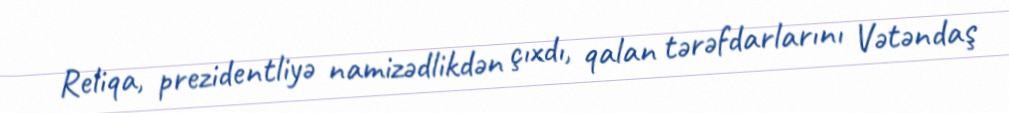
Reliqa, prezidentliyə namizədlikdən çıxdı, qalan tərəfdarlarını Vətəndaş